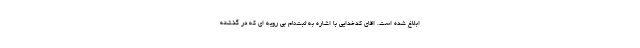
ابلاغ شده است. اقای کدخدایی با اشاره به ثبت‌نام بی رویه ای که در گذشته